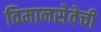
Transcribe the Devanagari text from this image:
विमानसेवेची